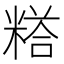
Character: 𮇰